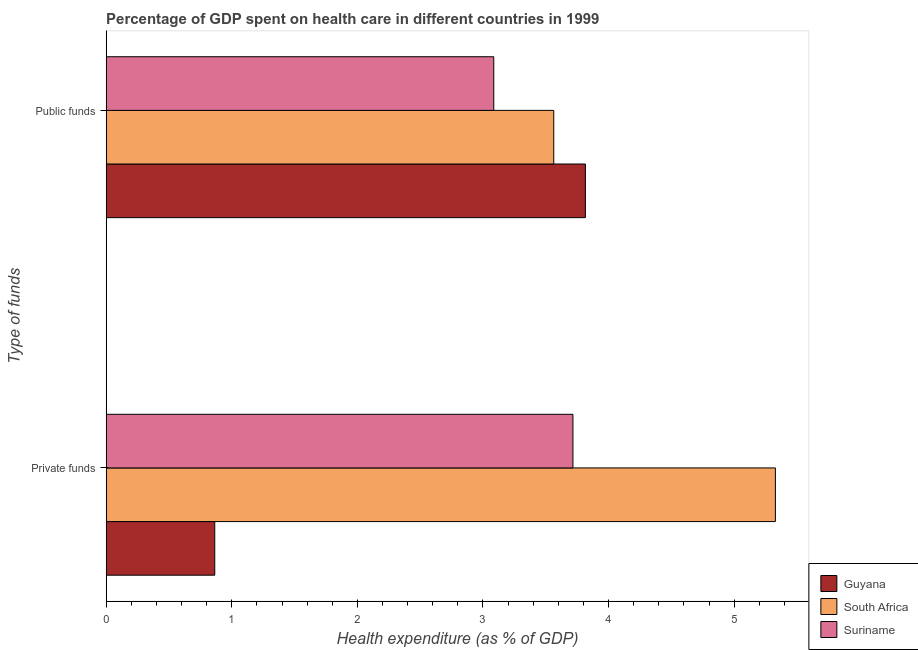
| Type of funds | Guyana | South Africa | Suriname |
 | --- | --- | --- | --- |
 | Private funds | 0.864 | 5.33 | 3.72 |
 | Public funds | 3.82 | 3.56 | 3.09 |